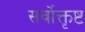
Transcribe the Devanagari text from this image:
सर्वोक्तृष्ट